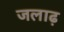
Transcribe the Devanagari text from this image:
जलाढ़